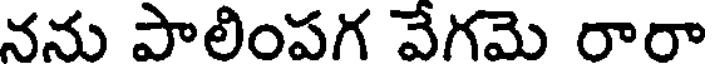
నను పాలింపగ వేగమె రారా